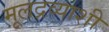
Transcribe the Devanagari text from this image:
मूलद्रव्याशी